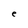
Character: e